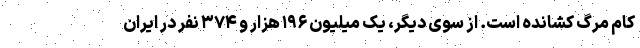
کام مرگ کشانده است. از سوی دیگر، یک میلیون ۱۹۶ هزار و ۳۷۴ نفر در ایران